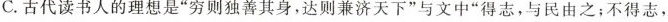
C.古代读书人的理想是”穷则独善其身，达则兼济天下”与文中”得志，与民由之；不得志，